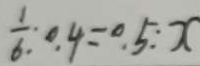
\frac { 1 } { 6 } : 0 . 4 = 0 . 5 : x